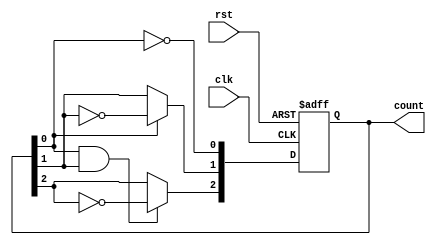
module async_counter (
    input wire clk,          // Clock input
    input wire rst,          // Asynchronous reset input
    output reg [N-1:0] count // N-bit counter output
);

parameter N = 3; // Number of bits in the counter (can be changed as needed)

// Flip-flops for the counter
always @(posedge clk or posedge rst) begin
    if (rst) begin
        count <= 0; // Reset counter to 0
    end else begin
        // Ripple counter logic
        count[0] <= ~count[0]; // Toggle least significant bit
        
        // Toggle other bits based on the state of the previous bits
        count[1] <= count[0] ? ~count[1] : count[1];
        count[2] <= (count[0] & count[1]) ? ~count[2] : count[2];
        // Extend this pattern for more bits if required (up to N bits)
    end
end

endmodule